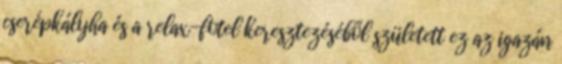
cserépkályha és a relax-fotel keresztezéséből született ez az igazán